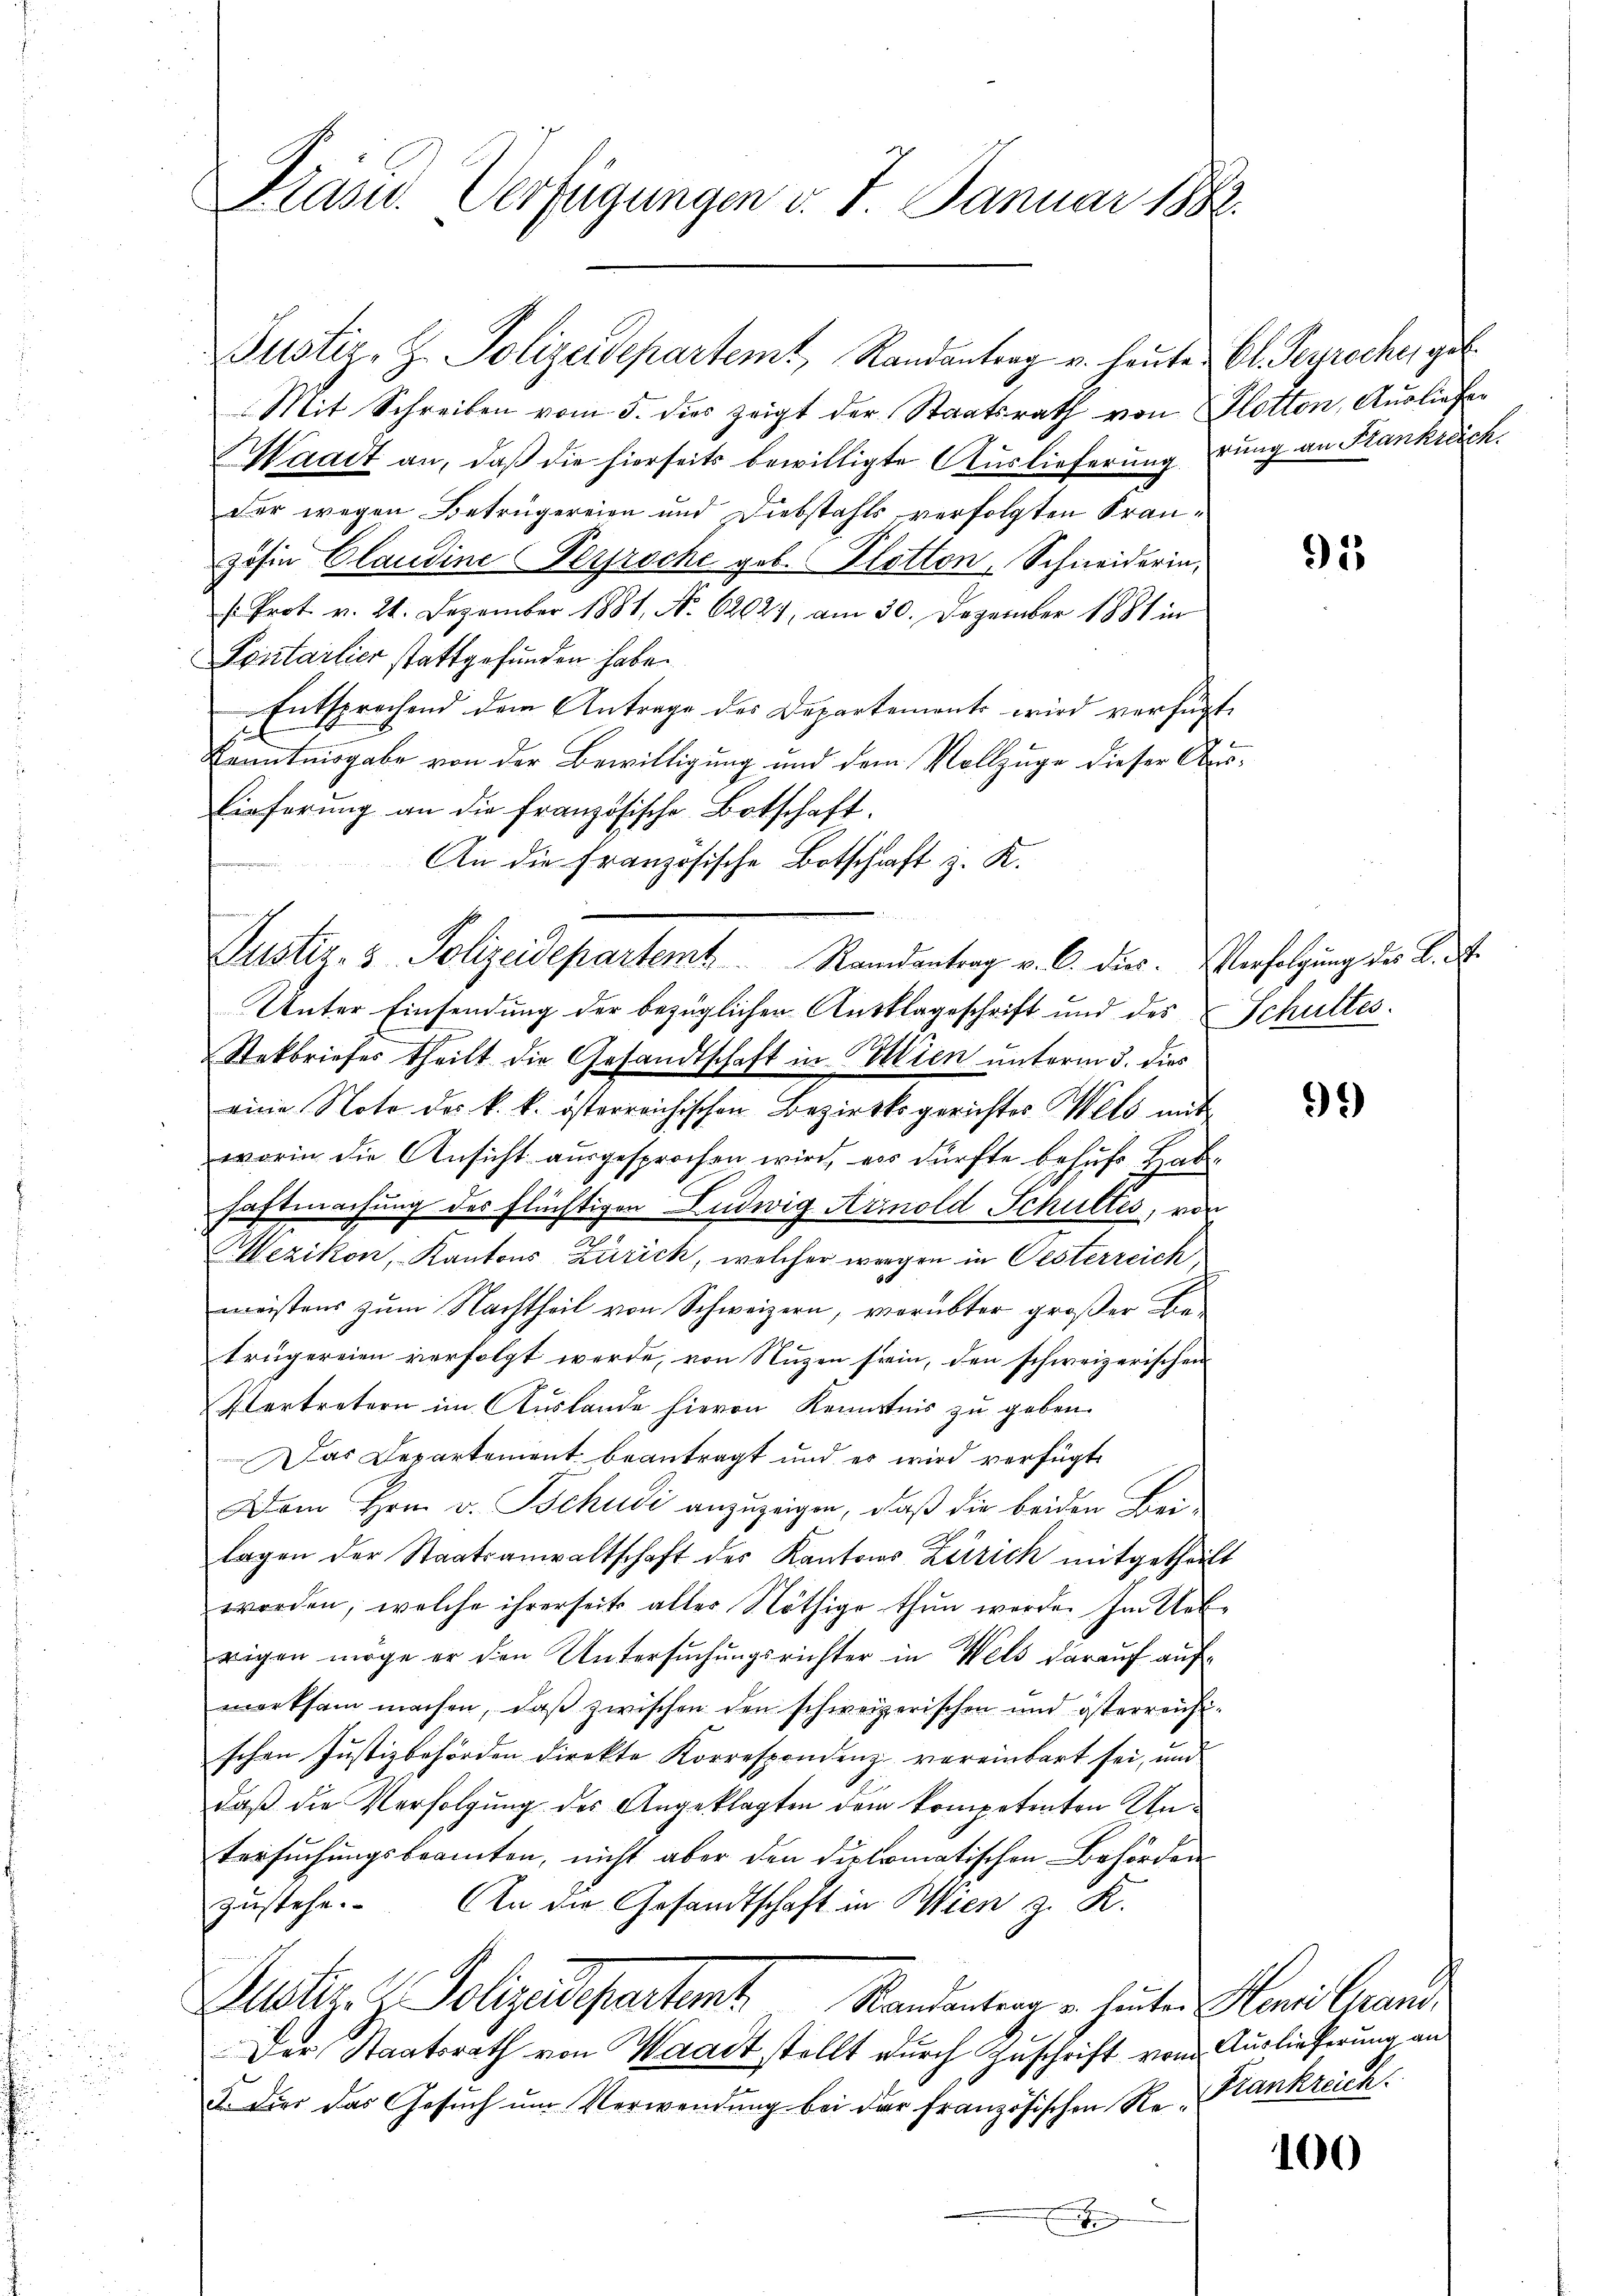
Justiz-Z. Polizeidepartemt, Randantrag u. heute Bl. Peyroche, geb
Mit Schreiben vom 5. dies zeigt der Staatsrath von Flotton, Ausliefer
Waadt an, daß die hierseits bewilligte Auslieferung rung an Stankreich.
der wegen Betrügereien und Diebstahls verfolgten Französin Claudine Perproche geb. Plotton, Schneiderin,
. Prot. v. 21. Dezember 1881, No. 62029, am 30. Dezember 1881 in
Pentarlier stattgefunden habe.
Entsprochend dem Antrage des Departement wird verfügt.
Kenntnisgabe von der Bewilligung und dem Vollzuge dieser Auslieferŭng an die französische Botschaft.
An die Französische Botschaft z. K.
Unter Einsendung der bezüglichen Ausklageschrift und des Schultes.
Stekbriefes theilt die Gesandtschaft in Pillien unterm 3. dies
eine Note des k. k. österreichischen Bezirksgerichtes Wels mit
worin die Ansicht ausgesprochen wird, es dürfte behufe Habe
haftmachung des Flüchtigen Ludwig Arnold Schultes, von
Wezikon, Kantons Zürich, welcher wegen in Oesterreich
meistens zum Nachtheil von Schweizern, verübter großer Lie
trügereien verfolgt werde, von Nuzen sein, den schweizerischen
Vertretern im Auslande hievon Kenntnis zu geben.
Das Departement beantragt und es wird verfügt
Dem Hrn. v. Tschudi anzuzeigen, daß die beiden Beilagen der Staatsanwaltschaft des Kantons Zürich mitgetheilt
worden, welche ihrerseits aller Nöthige thun werde. Im Ue-
rigen möge er den Untersuchungsrichter in Wels darauf aufmerksam machen, daß zwischen den schweizerischen und österreichschen Justizbehörden direkte Korrespondenz vereinbart sei, und
daß die Verfolgung des Angeklagten dem kompetenten Untersuchungsbeamten, nicht aber den diplomatischen Behörden
zustehe. An die Gesandtschaft in Wien z. K.
Justiz- & Polizadepartet. Mandantrag u. heuten Plani Grand
Der Staatsrath von Waadt stellt durch Zuschrift vom Auslieferung an
a. Dies das Gesŭch ŭm Verwendŭng bei der französischen Re-Frankreich
x

Kas. Verfügungen v. J. Januar 1882.

Justiz- & Polizeidepartemt. Randantrag v. C. dies. Verfolgung des B. A.

95

91)

100